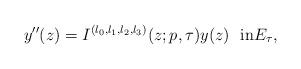
LaTeX: \begin{align*}y^{\prime \prime}(z)=I^{(l_{0},l_{1},l_{2},l_{3})}(z;p,\tau)y(z)\text{ \ in}E_{\tau}, \end{align*}